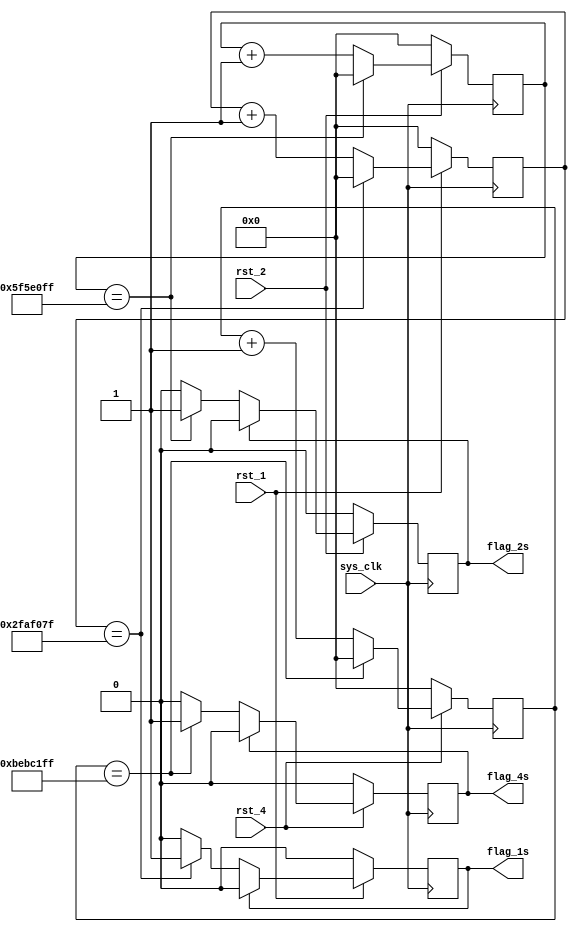
module pulse_generator(
    input sys_clk,
    input rst_1, 
    input rst_2, 
    input rst_4,
    output reg flag_1s,
    output reg flag_2s,
    output reg flag_4s
);
reg [31:0] counter_1s, counter_2s, counter_4s;
	
	always @ (posedge sys_clk) 
	begin
		if (rst_1 == 0) begin
			counter_1s <= 32'd0;
            flag_1s <= 1'b0;
		end 
        else begin
            counter_1s <= counter_1s + 32'd1;
			
			if (counter_1s == 32'd49999999) 
			begin
				flag_1s <= 1;
				counter_1s <= 32'd0;
			end

            if (flag_1s) 
                flag_1s <= 0;
        end 
        if (rst_2 == 0) begin
			counter_2s <= 32'd0;
            flag_2s <= 1'b0;
		end 
        else begin
            counter_2s <= counter_2s + 32'd1;
			
			if (counter_2s == 32'd99999999) 
			begin
				flag_2s <= 1;
				counter_2s <= 32'd0;
			end
			
            if (flag_2s) 
                flag_2s <= 0;
        end 
        if (rst_4 == 0) begin
			counter_4s <= 32'd0;
            flag_4s <= 1'b0;
		end 
        else begin
            counter_4s <= counter_4s + 32'd1;
			
			if (counter_4s == 32'd199999999) 
			begin
				flag_4s <= 1;
				counter_4s <= 32'd0;
			end
			
            if (flag_4s) 
                flag_4s <= 0;
        end 
      
	end 
    endmodule